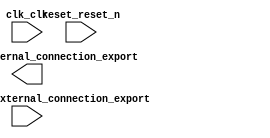

module unsaved (
	clk_clk,
	reset_reset_n,
	pio_continue_0_external_connection_export,
	pio_leds_0_external_connection_export);	

	input		clk_clk;
	input		reset_reset_n;
	input		pio_continue_0_external_connection_export;
	output	[7:0]	pio_leds_0_external_connection_export;
endmodule